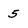
Character: 5